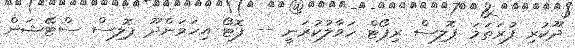
ދޫކުރި ފުރަތަމަ ޕޮލިސް ރިޕޯޓް ހަވާލުކުރަނީ -- ފޮޓޯ އިހަވަންދޫ ޕޮލިސް ސްޓޭޝަން